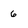
Character: 6